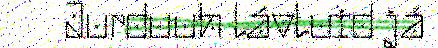
Jurduuh lávluid já